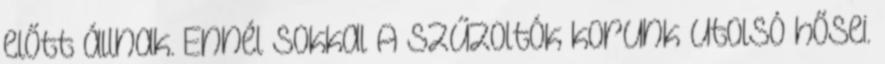
előtt állnak. Ennél sokkal A szűzoltók korunk utolsó hősei.